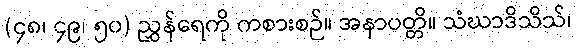
(၄၈၊ ၄၉၊ ၅၀) ညွှန်ရေကို ကစားစဉ်။ အနာပတ္တိ။ သံဃာဒိသိသ်၊